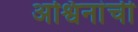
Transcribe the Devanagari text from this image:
अश्विनांची